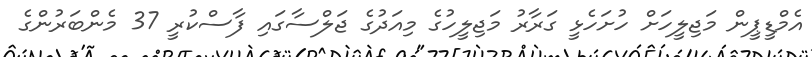
އެމްޑީޕީން މަޖިލީހަށް ހުށަހެޅީ ގަރާރު މަޖިލީހުގެ މިއަދުގެ ޖަލްސާގައި ފާސްކުރީ 37 މެންބަރުންގެ